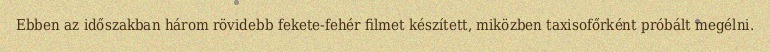
Ebben az időszakban három rövidebb fekete-fehér filmet készített, miközben taxisofőrként próbált megélni.